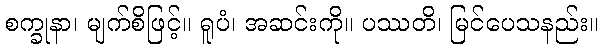
စက္ခုနာ၊ မျက်စိဖြင့်။ ရူပံ၊ အဆင်းကို။ ပဿတိ၊ မြင်ပေသနည်း။